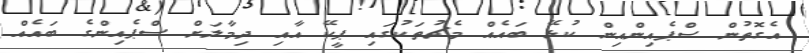
އެގޮތުން ސްޕެއިންއިން ކުޅޭ ބައެއް މެޗުތަކުގައި ޕީކޭ އާއި ދިމާލަށް ސްޕެއިންގެ ބައެއް